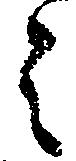
之